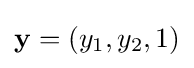
\mathbf {y} =(y_{1},y_{2},1)